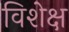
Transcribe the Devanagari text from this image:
विशेक्ष